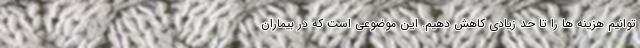
توانیم هزینه ها را تا حد زیادی کاهش دهیم. این موضوعی است که در بیماران